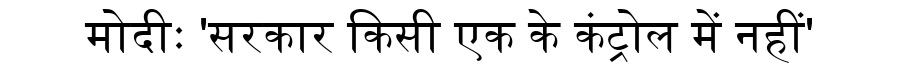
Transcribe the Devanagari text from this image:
मोदीः 'सरकार किसी एक के कंट्रोल में नहीं'